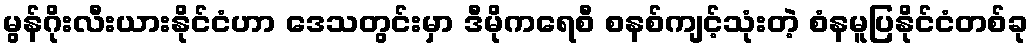
မွန်ဂိုးလီးယားနိုင်ငံဟာ ဒေသတွင်းမှာ ဒီမိုကရေစီ စနစ်ကျင့်သုံးတဲ့ စံနမူပြနိုင်ငံတစ်ခု